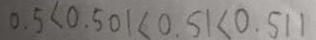
0 . 5 < 0 . 5 0 1 < 0 . 5 1 < 0 . 5 1 1